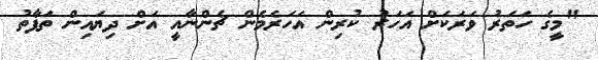
"މީގެ ހަތަރު ވަރަކަށް އަހަރު ކުރިން އަހަރެމެން ޗެންނާއީ އަށް ދިޔައިން ތަފާތު